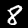
Digit: 8